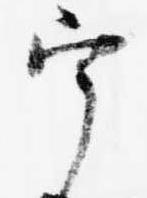
宰